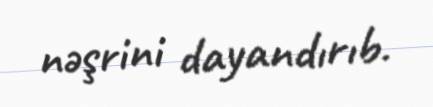
nəşrini dayandırıb.